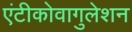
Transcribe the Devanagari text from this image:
एंटीकोवागुलेशन